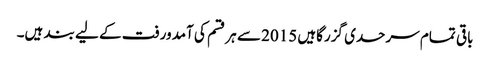
باقی تمام سرحدی گزرگاہیں 2015 سے ہر قسم کی آمدورفت کے لیے بند ہیں۔